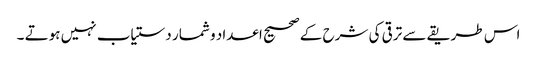
اس طریقے سے ترقی کی شرح کے صحیح اعداد و شمار دستیاب نہیں ہوتے ۔